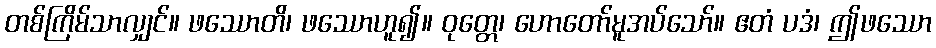
တစ်ကြိမ်သာလျှင်။ ဖဿောတိ၊ ဖဿောဟူ၍။ ဝုတ္တေ၊ ဟောတော်မူအပ်သော်။ ဧတံ ပဒံ၊ ဤဖဿော